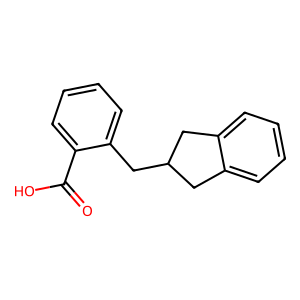
SMILES: O=C(O)c1ccccc1CC1Cc2ccccc2C1
Inhibits HIV replication: No